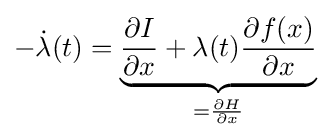
-{\dot {\lambda }}(t)=\underbrace {{\frac {\partial I}{\partial x}}+\lambda (t){\frac {\partial f(x)}{\partial x}}} _{={\frac {\partial H}{\partial x}}}